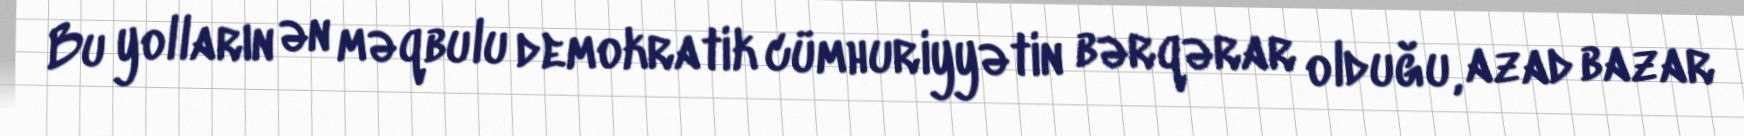
Bu yolların ən məqbulu demokratik cümhuriyyətin bərqərar olduğu, azad bazar